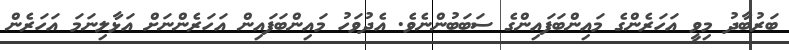
ބަރުބާދު މިވީ އަހަރެންގެ މައިންބަަފައިންގެ ސަބަބުންނެވެ. އެދުވަހު މައިންބަފައިން އަހަރެންނަށް އަޅާލިނަމަ އަހަރެން